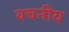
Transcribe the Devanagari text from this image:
वचनीय